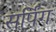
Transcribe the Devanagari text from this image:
सर्पिंग